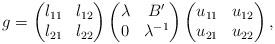
LaTeX: \begin{align*}g=\left(\begin{matrix}l_{11}&l_{12}\\l_{21}&l_{22}\end{matrix}\right)\left(\begin{matrix}\lambda&B'\\0&\lambda^{-1}\end{matrix}\right)\left(\begin{matrix}u_{11}&u_{12}\\u_{21}&u_{22}\end{matrix}\right),\end{align*}